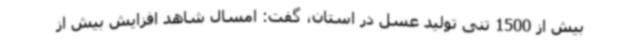
بیش از 1500 تنی تولید عسل در استان، گفت: امسال شاهد افزایش بیش از